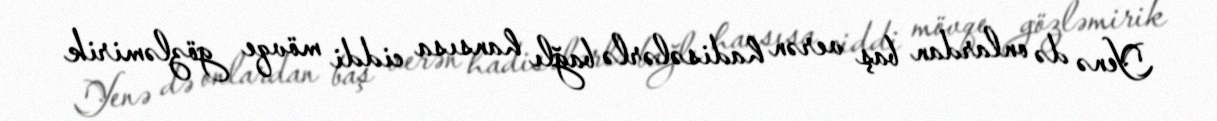
Yenə də onlardan baş verən hadisələrlə bağlı hansısa ciddi mövqe gözləmirik